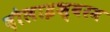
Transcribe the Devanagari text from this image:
दौलाइश्वरम